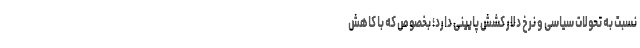
نسبت به تحولات سیاسی و نرخ دلار کشش پایینی دارد؛ بخصوص که با کاهش